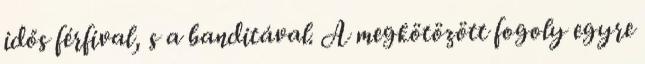
idős férfival, s a banditával. A megkötözött fogoly egyre